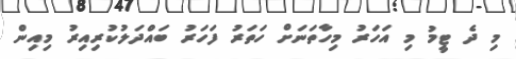
މި ދެ ޓީމު މި އަހަރު މިހާތަނަށް ހަތަރު ފަހަރު ބައްދަލުކުރިއިރު މިއިން